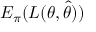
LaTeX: E _ { \pi } ( L ( \theta , { \widehat { \theta } } ) )